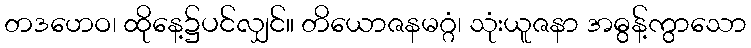
တဒဟေဝ၊ ထိုနေ့၌ပင်လျှင်။ တိယောဇနမဂ္ဂံ၊ သုံးယူဇနာ အဓွန့်ကွာသော